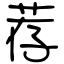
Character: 荐